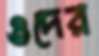
ওদের